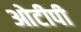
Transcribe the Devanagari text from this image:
ओटीपी